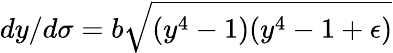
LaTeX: dy/d\sigma=b\sqrt{(y^{4}-1)(y^{4}-1+\epsilon)}